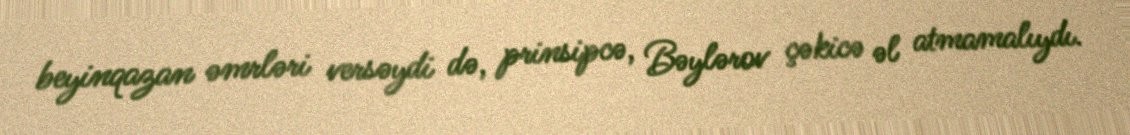
beyinqazan əmrləri versəydi də, prinsipcə, Bəylərov çəkicə əl atmamalıydı.